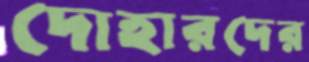
দোহারদের